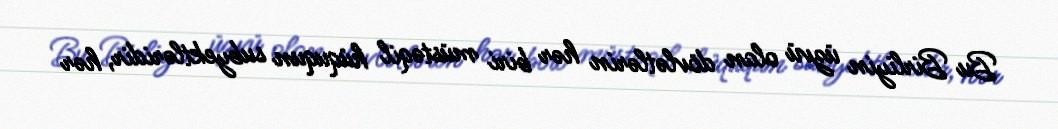
Bu Birliyin üzvü olan dövlətlərin hər biri müstəqil hüququn subyektləridir, hər